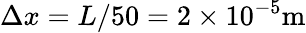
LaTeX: \Delta x=L/50=2\times 10^{-5}\mathrm{m}